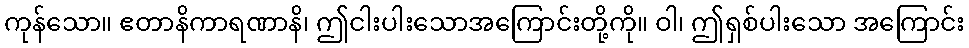
ကုန်သော။ ဧတာနိကာရဏာနိ၊ ဤငါးပါးသောအကြောင်းတို့ကို။ ဝါ၊ ဤရှစ်ပါးသော အကြောင်း